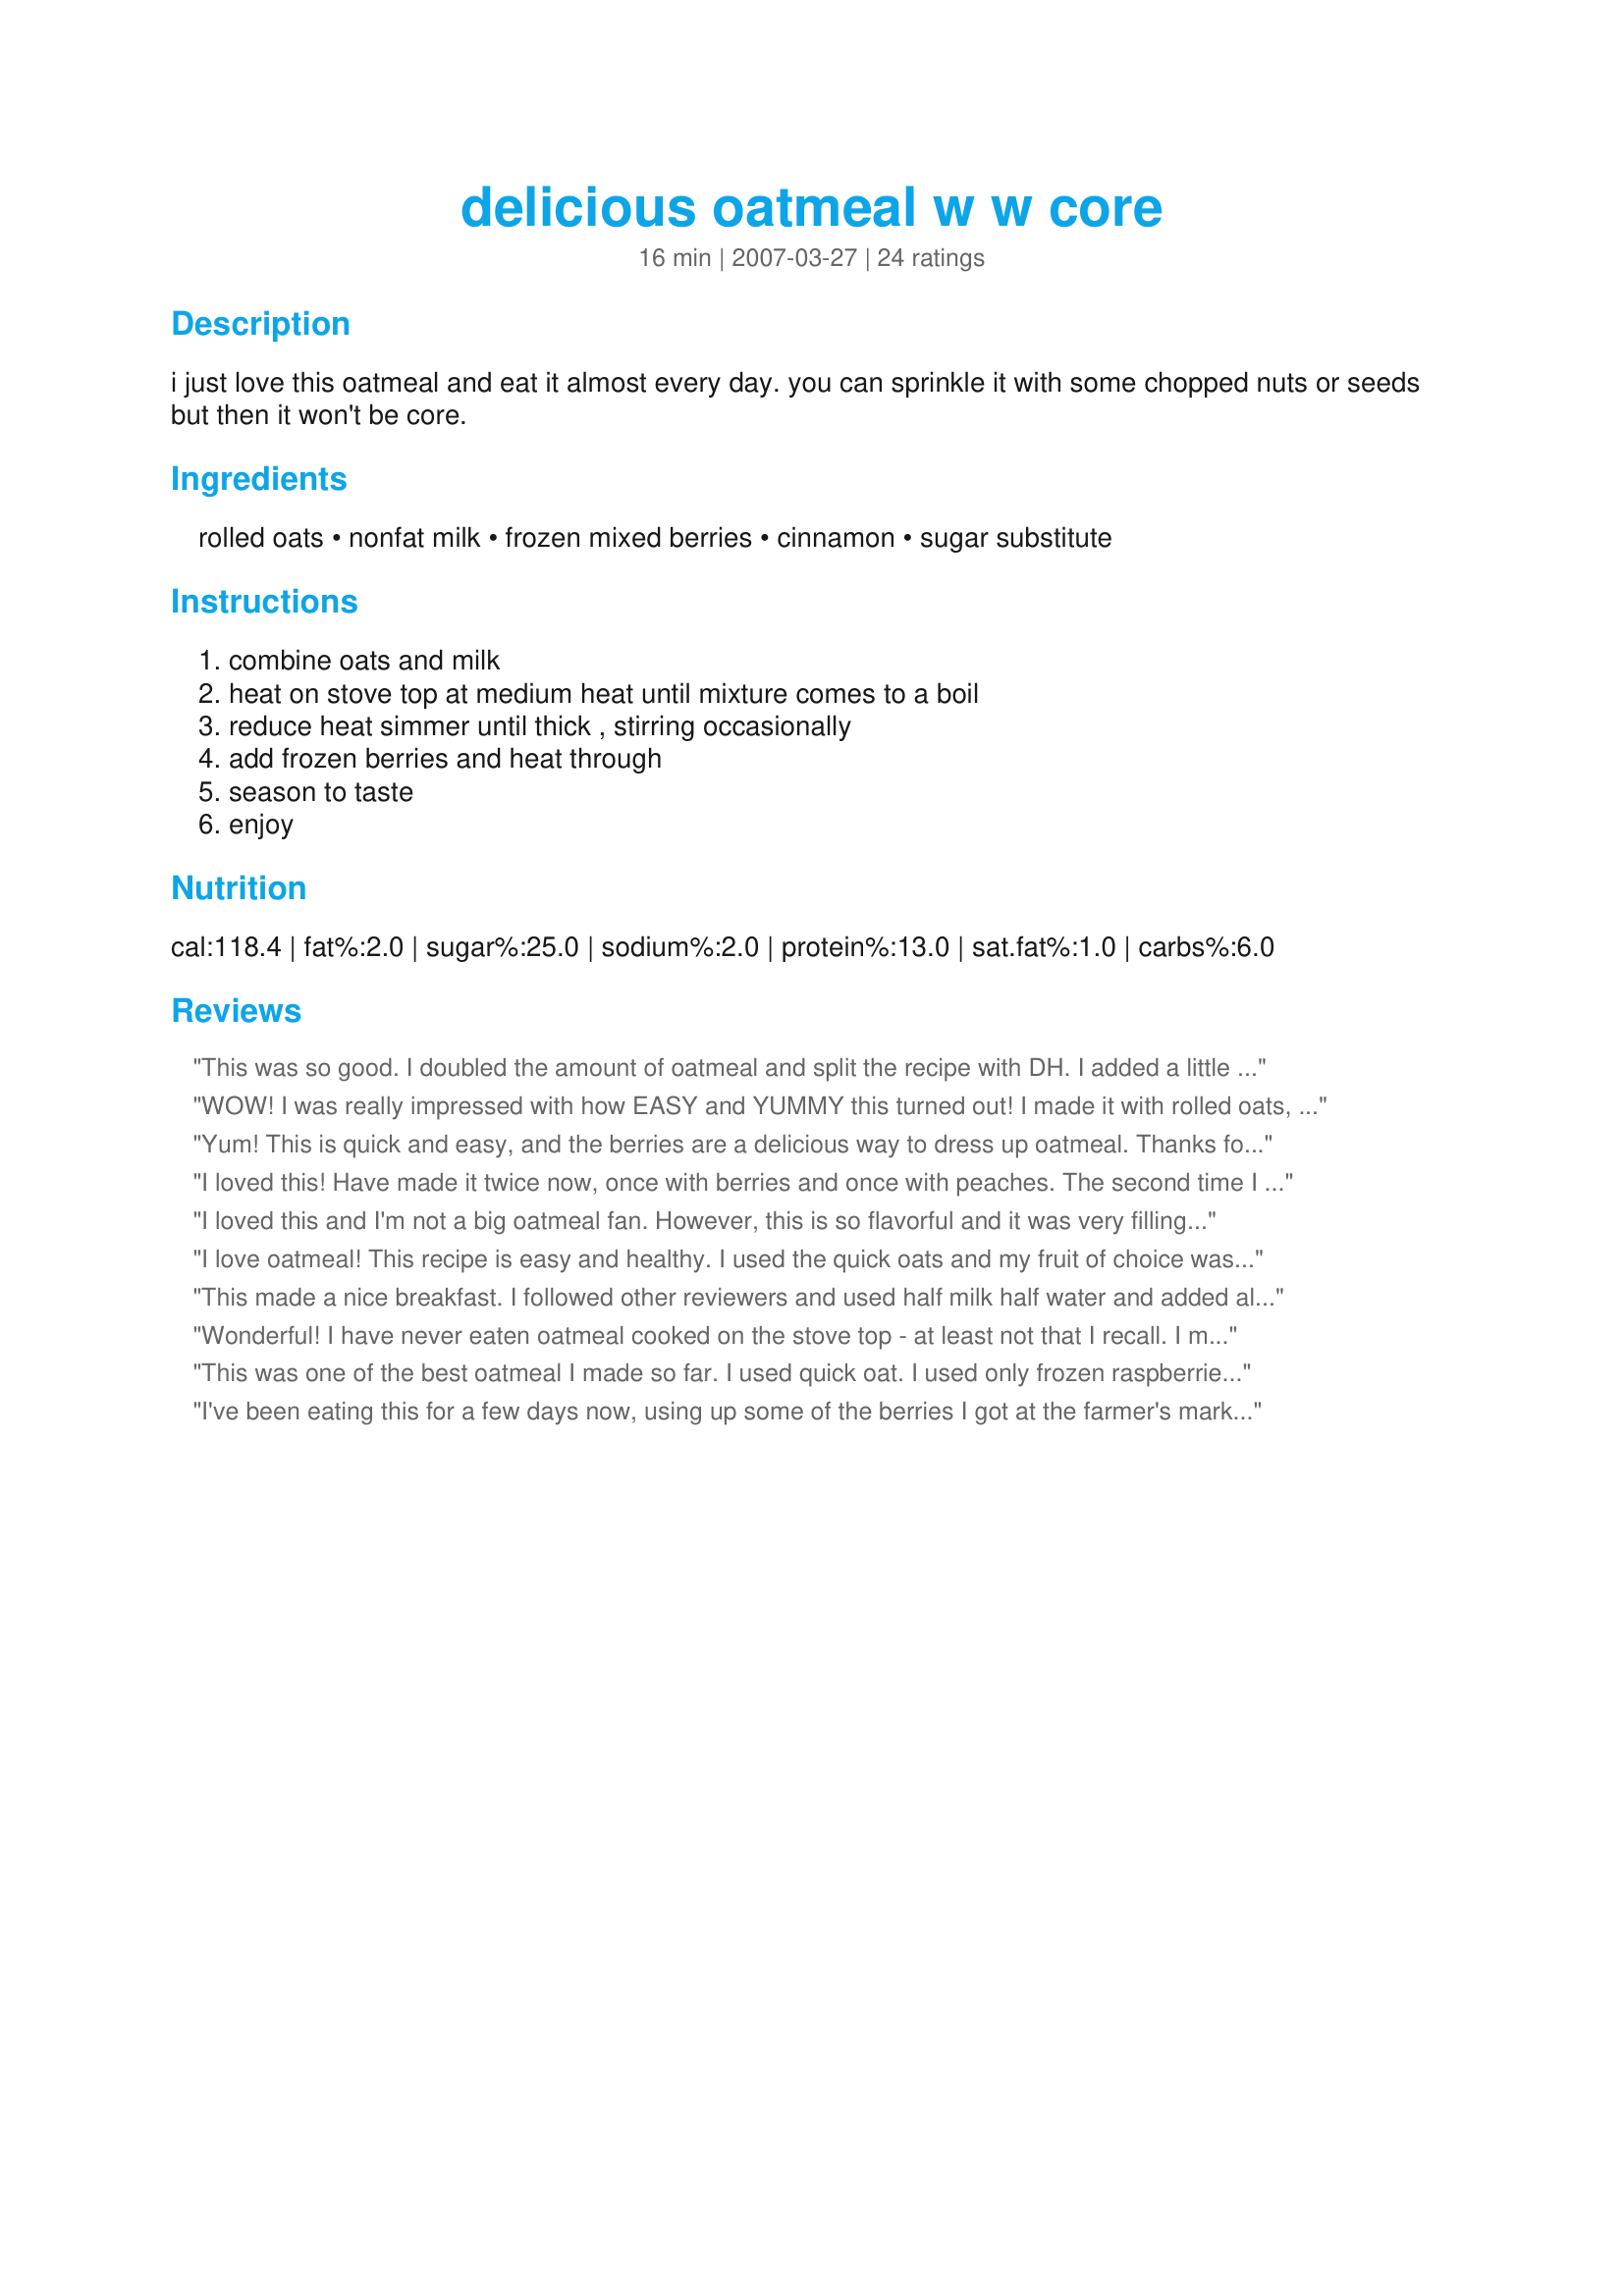
delicious oatmeal w w core
Preparation time: 16 minutes

i just love this oatmeal and eat it almost every day.
you can sprinkle it with some chopped nuts or seeds but then it won't be core.

Ingredients:
rolled oats, nonfat milk, frozen mixed berries, cinnamon, sugar substitute

Steps:
combine oats and milk, heat on stove top at medium heat until mixture comes to a boil, reduce heat simmer until thick , stirring occasionally, add frozen berries and heat through, season to taste, enjoy

Reviews:
This was so good. I doubled the amount of oatmeal and split the recipe with DH. I added a little butter 2 tsp to it also. I used blueberries and strawberries and only used a cup for the double amount of oats. I topped each serving with 2 T of Fat-free 1/2 and 1/2 and it was wonderful. I definately will try this again. Great filling low-fat breakie....
WOW! I was really impressed with how EASY and YUMMY this turned out! I made it with rolled oats, 1% milk and added vanilla. I did use the cinnamon and Splenda as well. This is a KEEPER! Made for the Zaar Stars tag game.
Yum! This is quick and easy, and the berries are a delicious way to dress up oatmeal. Thanks for sharing! Veggie Swap 56
I loved this! Have made it twice now, once with berries and once with peaches. The second time I got smart and put my fruit in the microwave for 1 minute before adding it to the oatmeal. My husband didn't care for it too much but only because he doesn't like fruit in his cereal.
I loved this and I'm not a big oatmeal fan. However, this is so flavorful and it was very filling so I'm glad I found one that I really really love! Thanks for posting. Made for the Aussie/New Zealand Recipe Swap #21.
I love oatmeal!
This recipe is easy and healthy.
I used the quick oats and my fruit of choice was blueberries.
I added splenda as my sweetner and a dash of almond extract with a sprinkle of cinnamon. Yum!!
This made a nice breakfast. I followed other reviewers and used half milk half water and added almond extract (1/8 teaspoon) - which really added something to this. Blackberries, cherries and cranberries were the only frozen fruit I had in the house, so that is what I used, and it worked out well (even the cranberries!). I like how the juice from the frozen berries comes out and colors and flavors the oatmeal.
Wonderful! I have never eaten oatmeal cooked on the stove top - at least not that I recall. I made this for Potluck Tag and I'm so glad I did. YUMMY!! I made exactly as directed and used marion berries, raspberries and blueberry mix from Schwans for the fruit. Thanks so much for posting!!
This was one of the best oatmeal I made so far. I used quick oat. I used only frozen raspberries. But no cinnamon. The taste of the raspberries in the oatmeal was great. I added near 1 tsp of splenda brown sugar substitute. Yummy! Thanks Dreamer. Made for Holiday tag.
I've been eating this for a few days now, using up some of the berries I got at the farmer's market a week ago rather than frozen berries. After the first time, I cut down on the milk because it was a bit soupy for me. I like the addition of cinnamon.
Love it! I have oatmeal almost daily for brekkie and I'm always open to new suggestions. This is a yummy one. I was in a hurry and cooked the berries and oatmeal together so mine was really purple but it tasted wonderful. It's very quick and nutricious and with the frozen berries it can be enjoyed year round. P.S. I never use milk in oatmeal, just enough water to cook it so mine is always less creamy. Just personal choice.
You can prep this the night before by putting the ingredients in a bowl but I use a 1 cup oats and 1 cup plus a tad of water. Add the fruit and put in the refrigerator overnight. Pop in microwave for a minute or so. So easy!
This is so simple it's hardly a recipe, but it's good anyway. It was very creamy. Since the term "low-fat" isn't really in my vocabulary I sprinkled on some cashews, that was nice. The simplicity lacked something in flavor IMO so I added lots of cinnamon and a small drizzle of maple syrup. Next time I might add a dash of vanilla. Thanks! BTW: TWO servings?! I easily ate the whole thing!
Loved this oatmeal. I used fresh strawberries because they were on hand, but I will be trying out other berries. Thank you very much for posting. Made for I recommend Tag.
Quick yummy breakfast!! I used a mix of black currants, red currants, blueberries, blackberries and raspberries, and it was so tasty. I'm going to make this again and try it out on DH, who's an oatmeal hater. This recipe might just change his mind. Thanks Dreamer!
I had this for lunch today and this recipe is excellent! I was curious about using milk to cook the oatmeal (as this is the way I cook grits) and it worked very well. I used organic skim milk, allowed it to come to a simmer, added the old fashioned oats, cooking and stirring until tender; then added 1/2 cup of frozen mixed berried (blueberries, blackberries and marrion berries), and stirred until defrosted. I added additional skim milk, a light sprinkling of cinnamon and some brown sugar to complete my delicious bowlful of oatmeal! I will definitely make this again, Dreamer in Ontario!
Love this oatmeal. Can make with any kind of frozen fruit. Delicious!! thanks for sharing this recipe
This was delicious! We didn't have frozen mixed berries, so we made our own mix of frozen blueberries, blackberries, and red raspberries, which we did have on hand. We served it with a little half and half, for a satisfying breakfast.
Thanks for posting!
~Sue
LOVE IT!! These oats are quick and easy to prepare, LOADED with fruit and, best all, I always have frozen fruit and oats on hand so I can make this anytime. Today I had fresh blueberries, so I used them (have some in the freezer too....). I made 1 serving and used half water and half milk to cut a few more calories. I used a good sprinkling of cinnamon and did not find the need to use any Splenda. Will be making again! Made for Holiday Tag game.
Made this for breakfast this morning. This was good and easy to make. I followed the recipe as written other then I cooked mine in the microwave.
Always looking for new ways to enjoy my morning oatmeal. I often top mine with milk or yogurt but have not cooked the oat in the milk. The result is an extra creaminess that is delicious and a great way to sneak in that serving of dairy. Berries are in full season right now so I used a mix of fresh strawberries, blueberries and raspberries. They were added in the last two minutes of cooking. Thanks for a morning treat.
Just adding a quick comment.
Try doing it with 1/2 c nonfat milk and 1/2 c water. Soak the oats in the water for 5 mins (have a shower/make some tea) and add the milk later. I cant taste the difference and its just as good. If you want it super creamy, use less evaporated skim milk (not condensed) or use skim milk powder, and less water, or just reduce.
I also add toasted wheat germ or bran. Yummy!!
DH loves his oatmeal and really enjoyed this _tricked out_ version of it. Using quick oats, I nuked them for about 1 1/2 minutes then stirred in frozen blueberries, raspberries and a packet of Splenda. As well as adding lots of flavor, the thawing fruit quickly cooled it down to eating temp. Thanks for posting this recipe.
This was very simple to make and came out a very pretty red color because of the strawberries. I used 1/2 fat free evaporated milk (because I had it to use up) and the rest skim. I used the last of a bag of frozen mixed berries. I didn't like that there were whole strawberries in it, but otherwise thought this was a good filling breakfast.
